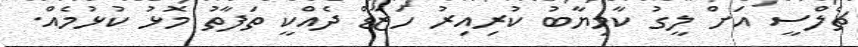
ޗެލްސީ އަށް ލީގު ކާމިޔާބު ކުރިއިރު ހަޒާޑް ދެއްކީ ތަފާތު މޮޅު ކުޅުމެއް.